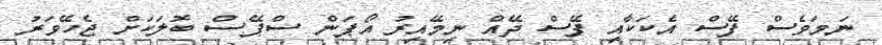
ނަމަވެސް ފޭސް އެކަކާއި ފޭސް ދޭއް ނިމޭއިރު އޯޕަން ސްޕޭސް ބޮލަކަށް ޖެހޭވަރު